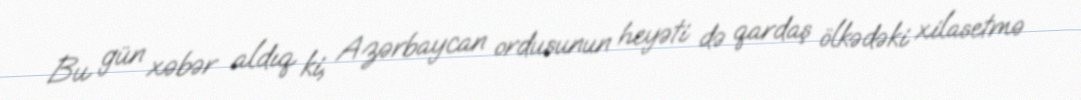
Bu gün xəbər aldıq ki, Azərbaycan ordusunun heyəti də qardaş ölkədəki xilasetmə